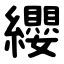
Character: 纓